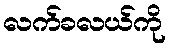
လက်ခလယ်ကို